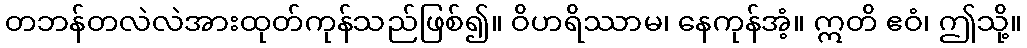
တဘန်တလဲလဲအားထုတ်ကုန်သည်ဖြစ်၍။ ဝိဟရိဿာမ၊ နေကုန်အံ့။ ဣတိ ဧဝံ၊ ဤသို့။